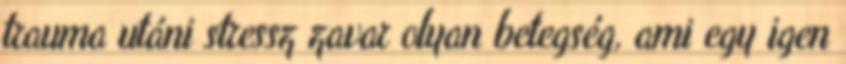
trauma utáni stressz zavar olyan betegség, ami egy igen